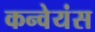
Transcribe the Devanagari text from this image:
कन्वेयंस